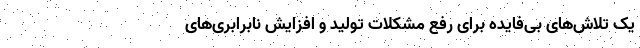
یک تلاش‌های بی‌فایده برای رفع مشکلات تولید و افزایش نابرابری‌های